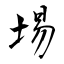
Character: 埸